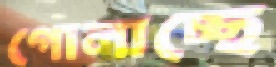
গোলাচ্ছে